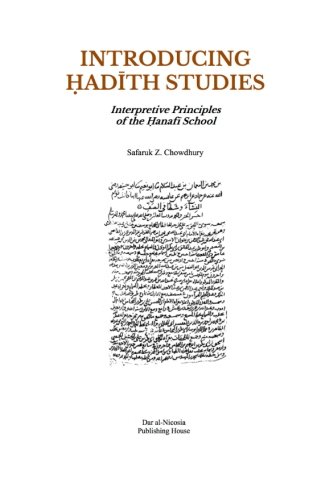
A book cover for Introducing Hadith Studies: Interpretive Principles of the Hanafi School (Introducing Series); Safaruk Z. Chowdhury; Religion & Spirituality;